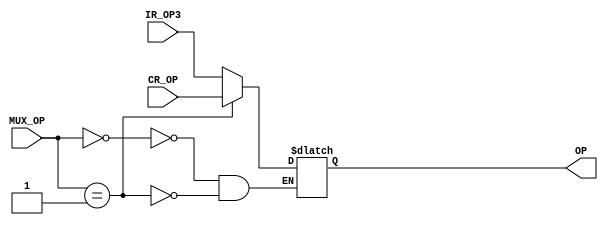
module Multiplexer_OP (
				output reg [5:0] OP,
				input [5:0] IR_OP3,
				input [5:0] CR_OP,
				input [1:0] MUX_OP
				);
	always @*
		begin
		case (MUX_OP)
			2'b00:
				begin
				OP <= IR_OP3;
				end
			2'b01:	
				begin
				OP <= CR_OP;
				end
			default:
				begin
				//$display("Error in MUX_OP");
				end
		endcase
		end
endmodule